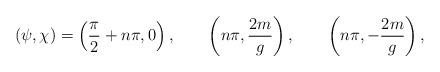
LaTeX: \begin{align*}(\psi, \chi)=\left({\pi \over 2}+n \pi, 0\right), \qquad \left(n \pi, {2 m \over g}\right), \qquad \left(n \pi, -{2 m \over g}\right),\end{align*}